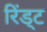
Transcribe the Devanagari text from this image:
रिंड्ट